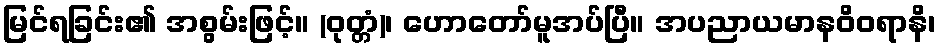
မြင်ရခြင်း၏ အစွမ်းဖြင့်။ (ဝုတ္တံ)၊ ဟောတော်မူအပ်ပြီ။ အပညာယမာနဝိဝရာနိ၊